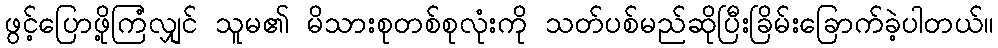
ဖွင့်ပြောဖို့ကြံလျှင် သူမ၏ မိသားစုတစ်စုလုံးကို သတ်ပစ်မည်ဆိုပြီးခြိမ်းခြောက်ခဲ့ပါတယ်။